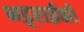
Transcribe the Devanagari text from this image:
भट्टराईको